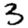
Digit: 3